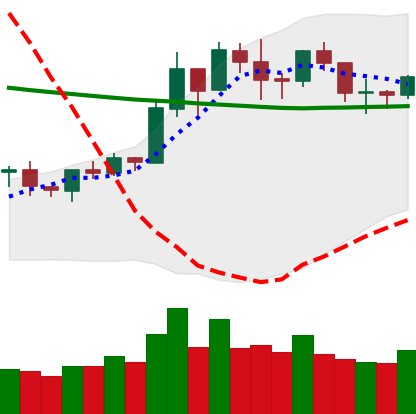
Ticker: BNB-USD
Chart end date: 2020-01-26
Forward return: 4.429%
Label: up_3_5